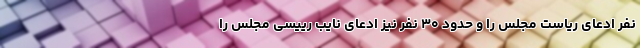
نفر ادعای ریاست مجلس را و حدود ۳۰ نفر نیز ادعای نایب رییسی مجلس را